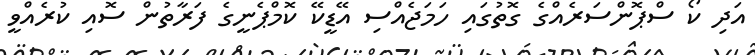
އަދި ކޯ ސްޕޮންސަރެއްގެ ގޮތުގައި ހަމަޖެއްސި އޭޑީކޭ ކޮމްޕެނީގެ ފަރާތުން ސޮއި ކުރެއްވީ